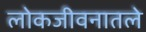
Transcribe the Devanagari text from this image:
लोकजीवनातले